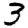
Digit: 3